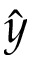
\hat { y }